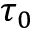
\tau _ { 0 }